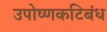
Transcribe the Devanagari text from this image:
उपोष्णकटिबंध